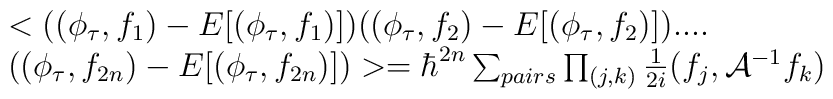
\begin{array}{l}<((\phi_{\tau},f_{1})-E[(\phi_{\tau},f_{1})])((\phi_{\tau},f_{2})-E [(\phi_{\tau},f_{2})]) ....\cr((\phi_{\tau},f_{2n})-E[(\phi_{\tau},f_{2n})])>=\hbar^{2n}\sum_{pairs}\prod_{(j,k)}\frac{1}{2i}(f_{j},{\cal A}^{-1}f_{k})\end{array}